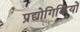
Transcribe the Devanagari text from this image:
प्रद्योगिकियों